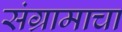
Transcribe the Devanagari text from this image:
संग्रामाचा